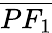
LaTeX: \overline{{PF_{1}}}